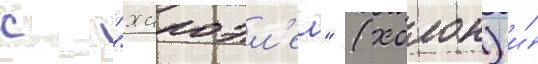
с "хапоэл'ем" (холон) и́